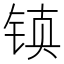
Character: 𰾂